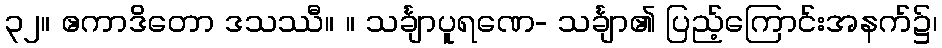
၃၂။ ဧကာဒိတော ဒသဿီ။ ။ သင်္ချာပူရဏေ- သင်္ချာ၏ ပြည့်ကြောင်းအနက်၌၊